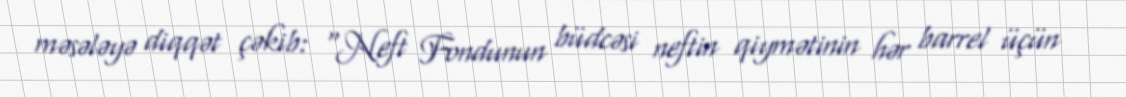
məsələyə diqqət çəkib: “Neft Fondunun büdcəsi neftin qiymətinin hər barrel üçün